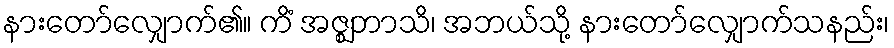
နားတော်လျှောက်၏။ ကိံ အဇ္ဈဘာသိ၊ အဘယ်သို့ နားတော်လျှောက်သနည်း၊